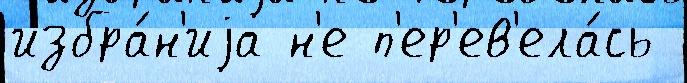
избра́н'иjа н'е п'ер'ев'ела́сь